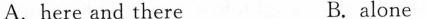
A.here and there B. alone